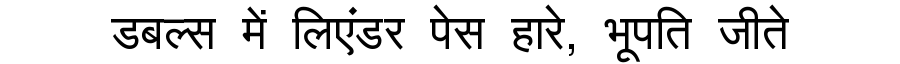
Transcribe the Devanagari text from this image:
डबल्स में लिएंडर पेस हारे, भूपति जीते